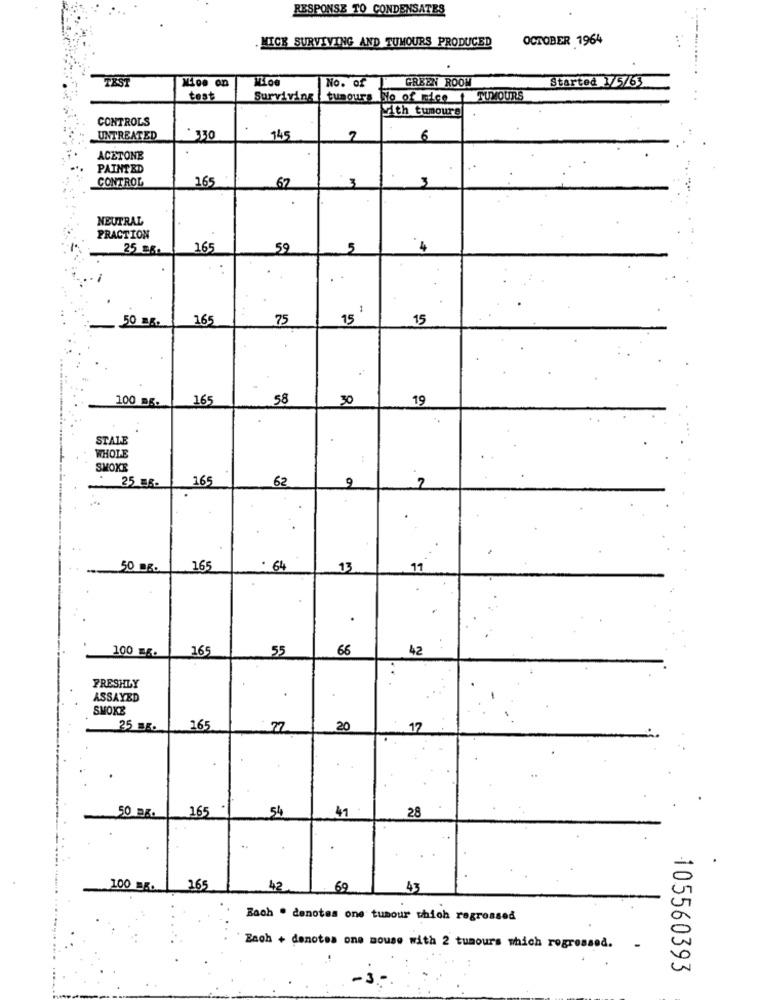
RESPONSE TO CONDENSATES
. MICE SURVIVING AND TUMOURS PRODUCED
OCTOBER 1964
TEST
Nice on
WLo
No. of
GREEN ROOM
Started 1/5/63
test
Surviving
tumours No of mico
TUMOURS
With tumours
CONTROLS
UNTREATED
330
145
2
6
ACETONE
PAINTED
CONTROL
165
3
62
3
NEUTRAL
PRACTION
25 96.
165
59
5
4
1
50 mg.
165
75
15
15
100 mg.
165
58
30
19
STALE
WHOLE
SMOKE
165
62
7
25 SE-
9
50 DE.
165
. 64
13
11
.
100 m6.
165
55
68
42
FRESHLY
ASSAYED
SMOKE
25 BE.
165
77
20
.12
54
41
50 BR.
165
28
100 .. 165
42
69
43
Bach . denotes one tumour which regressed
Zach + denotes one mouse with 2 tumours which rogrossed.
105560393